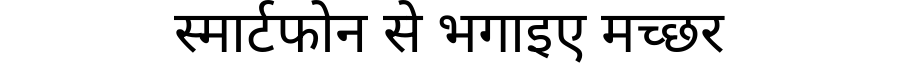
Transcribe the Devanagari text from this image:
स्मार्टफोन से भगाइए मच्छर